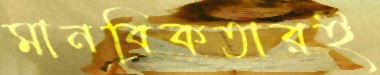
মানবিকতারই